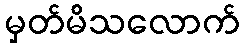
မှတ်မိသလောက်